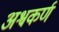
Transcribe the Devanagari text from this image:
अश्वकर्ण